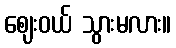
ဈေးဝယ် သွားမလား။